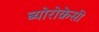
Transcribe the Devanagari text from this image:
ब्योरोक्रेसी